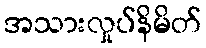
အသားလှုပ်နိမိတ်